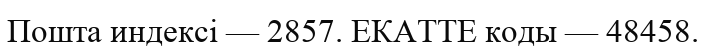
Пошта индексі — 2857. ЕКАТТЕ коды — 48458.